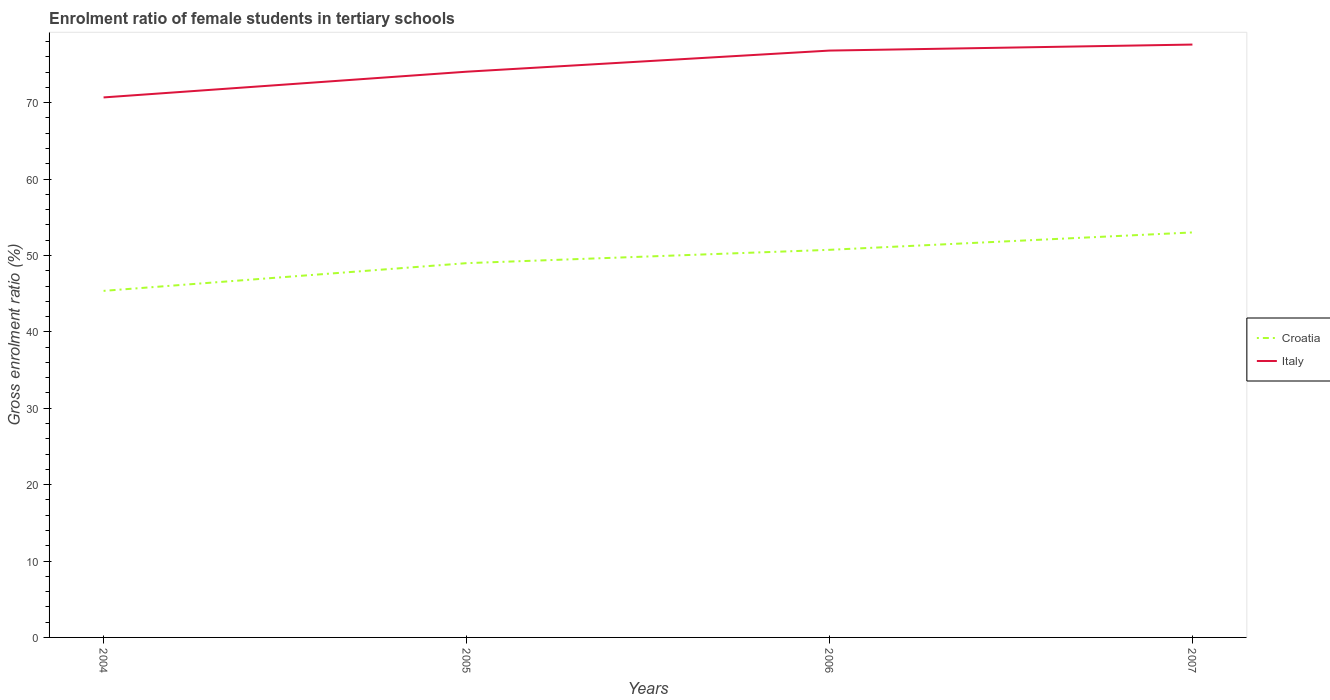
| Years | Croatia | Italy |
 | --- | --- | --- |
 | 2004 | 45.4 | 70.7 |
 | 2005 | 49 | 74.1 |
 | 2006 | 50.7 | 76.8 |
 | 2007 | 53 | 77.6 |